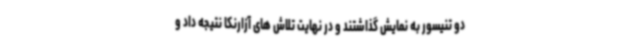
دو تنیسور به نمایش گذاشتند و در نهایت تلاش های آزارنکا نتیجه داد و